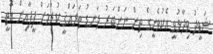
ޝަވީދު ވިދާޅުވީ އެކުވެނީގެ ތިން ނަންބަރު ދަނޑު ތަރައްޤީ ކުރުމަށް ފީފާއިން އޮތީ